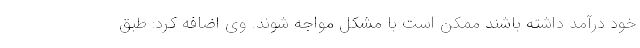
خود درآمد داشته باشند ممکن است با مشکل مواجه شوند. وی اضافه کرد: طبق